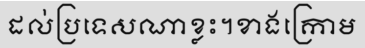
ដល់ប្រទេសណាខ្លះ។ខាងក្រោម